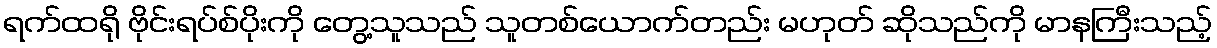
ရက်ထရို ဗိုင်းရပ်စ်ပိုးကို တွေ့သူသည် သူတစ်ယောက်တည်း မဟုတ် ဆိုသည်ကို မာနကြီးသည့်